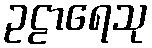
ဥဠာရေသု